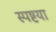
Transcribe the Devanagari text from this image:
स्पष्टया